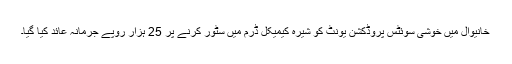
خانیوال میں خوشی سوئٹس پروڈکشن یونٹ کو شیرہ کیمیکل ڈرم میں سٹور کرنے پر 25 ہزار روپے جرمانہ عائد کیا گیا۔